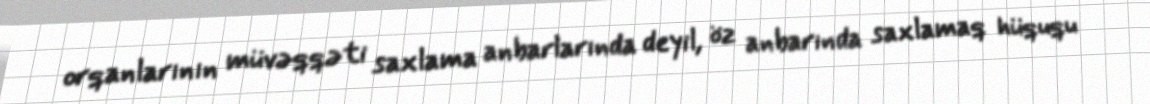
orqanlarının müvəqqəti saxlama anbarlarında deyil, öz anbarında saxlamaq hüququ